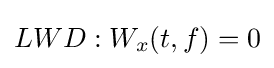
LWD:W_{x}(t,f)=0